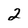
Character: 2